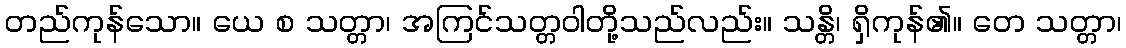
တည်ကုန်သော။ ယေ စ သတ္တာ၊ အကြင်သတ္တဝါတို့သည်လည်း။ သန္တိ၊ ရှိကုန်၏။ တေ သတ္တာ၊